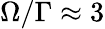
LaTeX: \Omega/\Gamma\approx 3